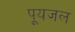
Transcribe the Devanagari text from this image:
पूयजल